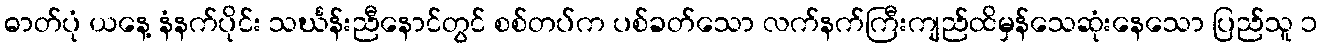
ဓာတ်ပုံ ယနေ့ နံနက်ပိုင်း သင်္ဃန်းညီနောင်တွင် စစ်တပ်က ပစ်ခတ်သော လက်နက်ကြီးကျည်ထိမှန်သေဆုံးနေသော ပြည်သူ ၁